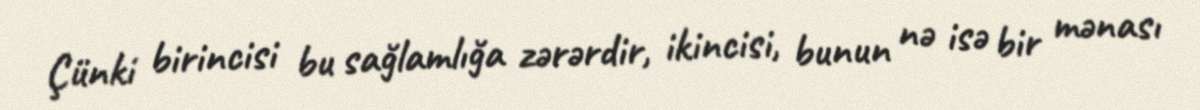
Çünki birincisi bu sağlamlığa zərərdir, ikincisi, bunun nə isə bir mənası